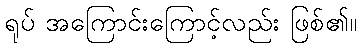
ရုပ် အကြောင်းကြောင့်လည်း ဖြစ်၏။